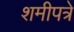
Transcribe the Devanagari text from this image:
शमीपत्रे